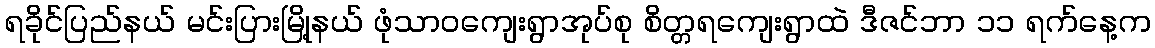
ရခိုင်ပြည်နယ် မင်းပြားမြို့နယ် ဖုံသာဝကျေးရွာအုပ်စု စိတ္တရကျေးရွာထဲ ဒီဇင်ဘာ ၁၁ ရက်နေ့က